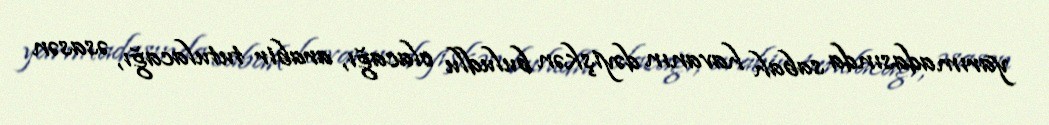
yarımadasında sabah havanın dəyişkən buludlu olacağı, arabir tutulacağı, əsasən